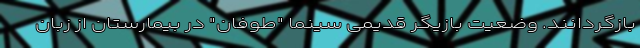
بازگردانند. وضعیت بازیگر قدیمی سینما "طوفان" در بیمارستان از زبان